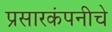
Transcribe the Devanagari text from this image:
प्रसारकंपनीचे